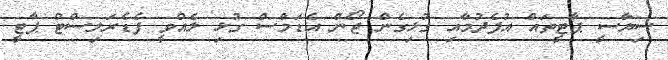
ސިޔާސީ ޕާޓީތައް އުފެދުމާއި ގުޅިގެން ޖޯން އެޑަމްސް ގުޅި ލެއްވީ ފެޑެރަލިސްޓް ޕާޓީ